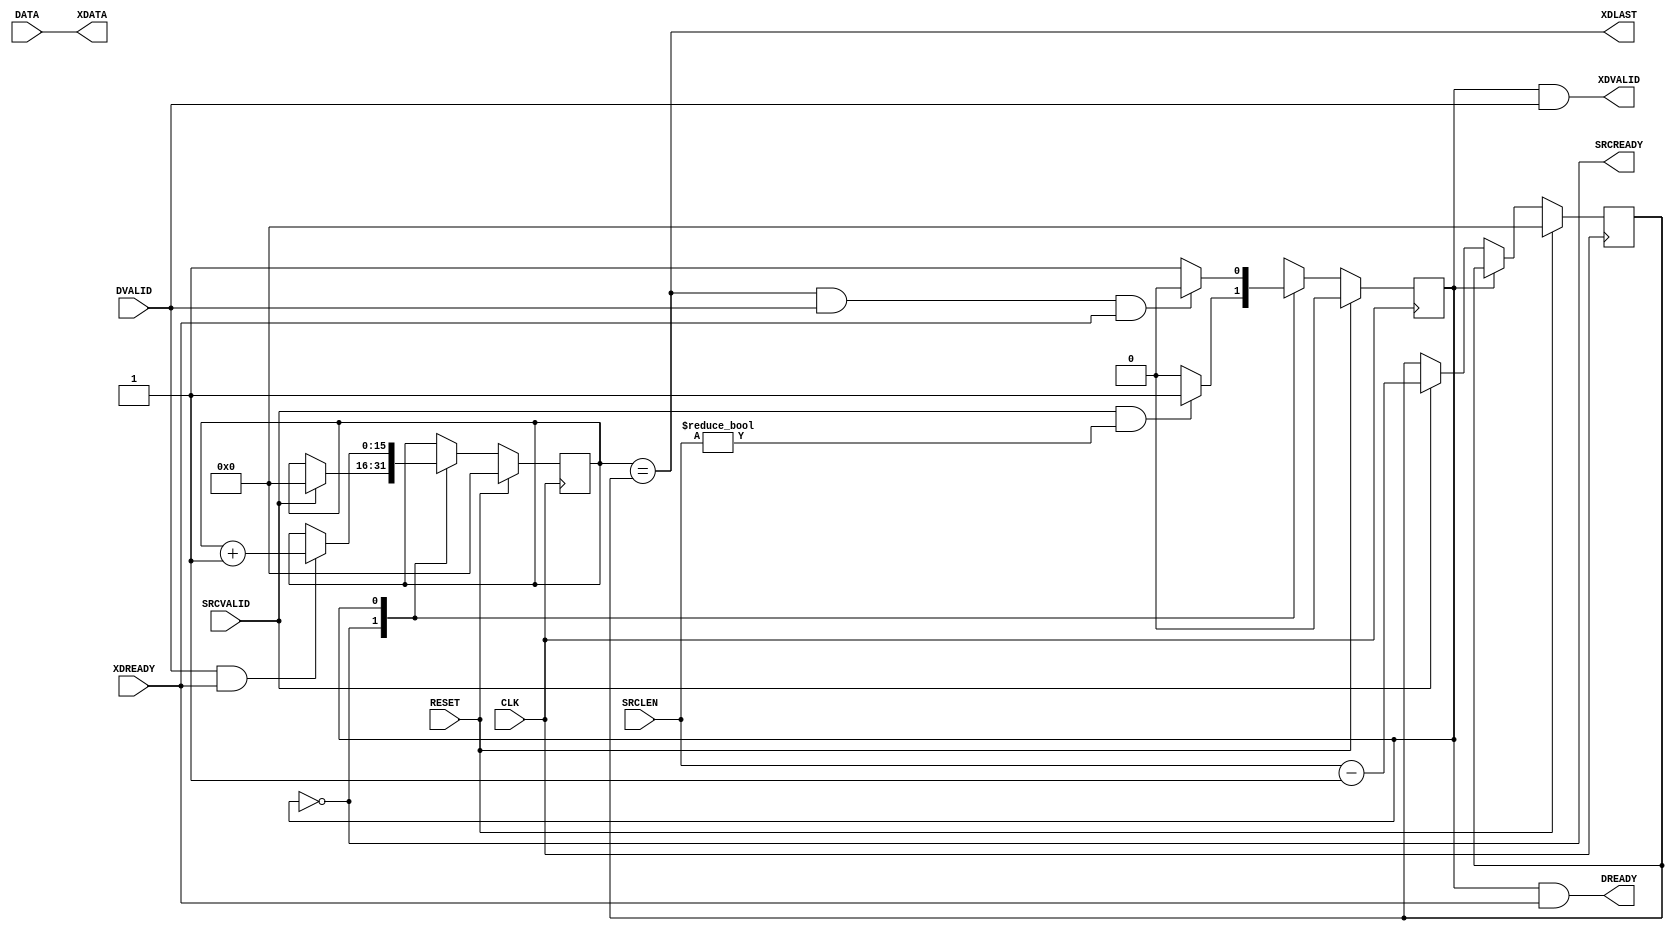
module DataDriver
#
(
    parameter DataWidth         = 32    ,
    parameter LengthWidth       = 16
)
(
    CLK         ,
    RESET       ,
    SRCLEN      ,
    SRCVALID    ,
    SRCREADY    ,
    DATA        ,
    DVALID      ,
    DREADY      ,
    XDATA       ,
    XDVALID     ,
    XDREADY     ,
    XDLAST
);
    input                           CLK         ;
    input                           RESET       ;
    input   [LengthWidth - 1:0]     SRCLEN      ;
    input                           SRCVALID    ;
    output                          SRCREADY    ;
    input   [DataWidth - 1:0]       DATA        ;
    input                           DVALID      ;
    output                          DREADY      ;
    output  [DataWidth - 1:0]       XDATA       ;
    output                          XDVALID     ;
    input                           XDREADY     ;
    output                          XDLAST      ;
    localparam  State_Idle          = 1'b0      ;
    localparam  State_Requesting    = 1'b1      ;
    reg         rCurState                       ;
    reg         rNextState                      ;
    reg [LengthWidth - 1:0]         rLength     ;
    reg [LengthWidth - 1:0]         rCount      ;                      
    always @ (posedge CLK)
        if (RESET)
            rCurState <= State_Idle;
        else
            rCurState <= rNextState;
    always @ (*)
        case (rCurState)
        State_Idle:
            if (SRCVALID && (SRCLEN != 0))
                rNextState <= State_Requesting;
            else
                rNextState <= State_Idle;
        State_Requesting:
            rNextState <= (rCount == rLength && DVALID && XDREADY)?State_Idle:State_Requesting;
        endcase
    assign SRCREADY = (rCurState == State_Idle);
    always @ (posedge CLK)
        if (RESET)
            rLength <= {(LengthWidth){1'b0}};
        else
            case (rCurState)
            State_Idle:
                if (SRCVALID)
                    rLength <= SRCLEN - 1'b1;
            endcase
    always @ (posedge CLK)
        if (RESET)
            rCount <= {(LengthWidth){1'b0}};
        else
            case (rCurState)
            State_Idle:
                if (SRCVALID)
                    rCount <= {(LengthWidth){1'b0}};
            State_Requesting:
                if (DVALID && XDREADY)
                    rCount <= rCount + 1'b1;
            endcase
    assign XDATA   = DATA;
    assign XDVALID = (rCurState == State_Requesting) && DVALID  ;
    assign DREADY  = (rCurState == State_Requesting) && XDREADY ;
    assign XDLAST  = (rCount == rLength);
endmodule